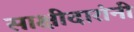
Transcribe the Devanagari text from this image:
साक्षीदारांनी